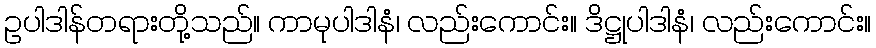
ဥပါဒါန်တရားတို့သည်။ ကာမုပါဒါနံ၊ လည်းကောင်း။ ဒိဋ္ဌုပါဒါနံ၊ လည်းကောင်း။